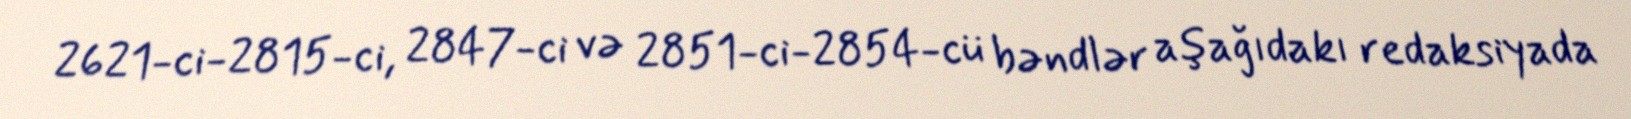
2621-ci-2815-ci, 2847-ci və 2851-ci-2854-cü bəndlər aşağıdakı redaksiyada